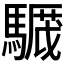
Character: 𩥸